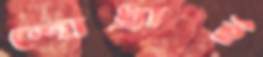
শোধ্‌রাই